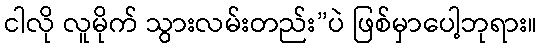
ငါလို လူမိုက် သွားလမ်းတည်း”ပဲ ဖြစ်မှာပေါ့ဘုရား။